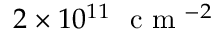
2 \times 1 0 ^ { 1 1 } ~ \textrm { c m } ^ { - 2 }